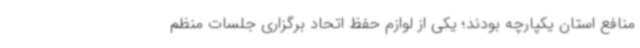
منافع استان یکپارچه بودند؛ یکی از لوازم حفظ اتحاد برگزاری جلسات منظم